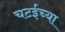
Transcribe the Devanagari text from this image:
चटईच्या